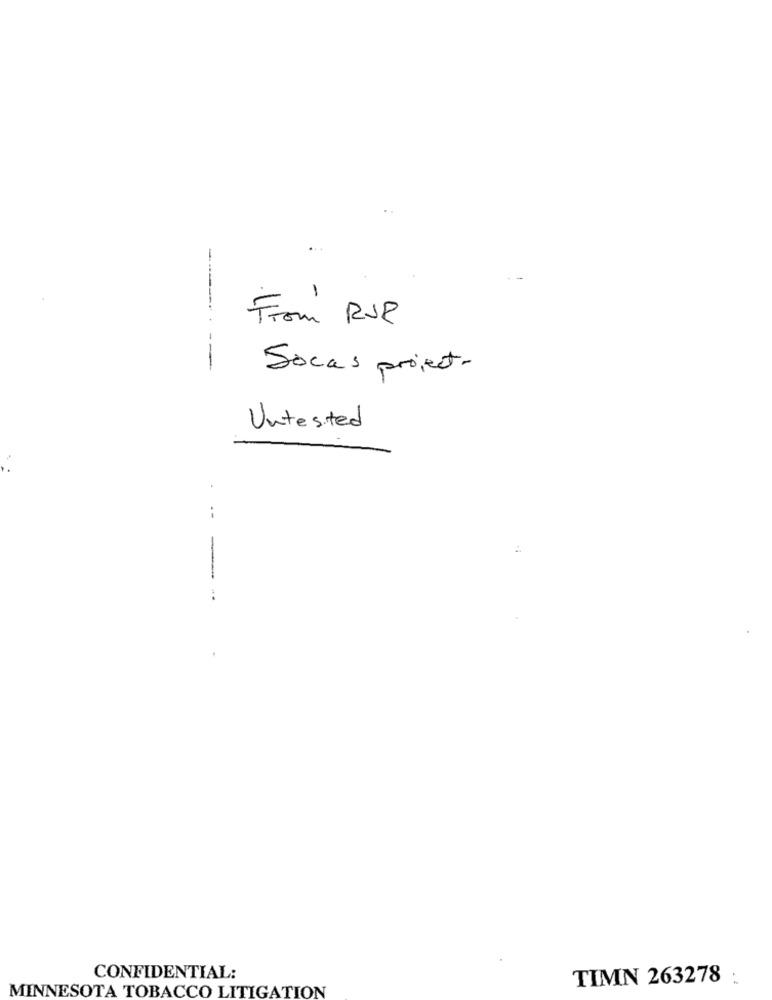
From RUP
------
Socas project-
Untested
:
--
CONFIDENTIAL:
TIMN 263278
:
MINNESOTA TOBACCO LITIGATION